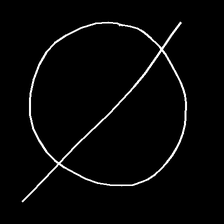
Glyph: orb